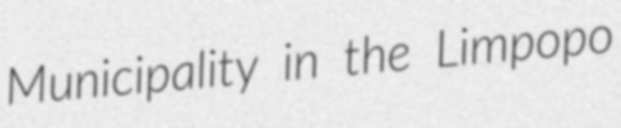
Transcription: Municipality in the Limpopo